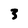
Character: 3